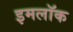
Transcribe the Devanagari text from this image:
इमलॉक